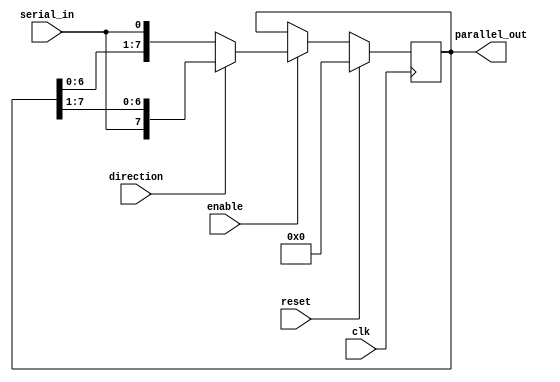
module SIPO_shift_register(
    input wire clk,          // Clock input
    input wire reset,        // Reset input
    input wire enable,       // Enable input for shifting
    input wire direction,    // Direction input for shifting
    input wire serial_in,    // Serial data input
    output reg [7:0] parallel_out // Parallel data output
);

reg [7:0] shift_reg; // Register to store shifted data

always @ (posedge clk) begin
    if (reset) begin
        shift_reg <= 8'd0; // Reset shift register
    end else if (enable) begin
        if (direction) begin // Shift right
            shift_reg <= {serial_in, shift_reg[7:1]}; // Shift in serial data
        end else begin // Shift left
            shift_reg <= {shift_reg[6:0], serial_in}; // Shift in serial data
        end
    end
end

assign parallel_out = shift_reg; // Assign shift register output to parallel output

endmodule